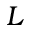
L